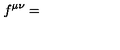
f ^ { \mu \nu } =